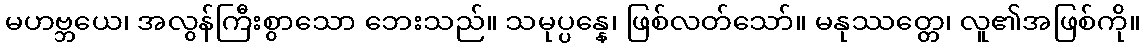
မဟဗ္ဘယေ၊ အလွန်ကြီးစွာသော ဘေးသည်။ သမုပ္ပန္နေ၊ ဖြစ်လတ်သော်။ မနုဿတ္တေ၊ လူ၏အဖြစ်ကို။